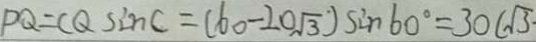
P Q = C Q \sin C = ( 6 0 - 2 0 \sqrt { 3 } ) \sin 6 0 ^ { \circ } = 3 0 ( \sqrt { 3 } \cdot